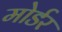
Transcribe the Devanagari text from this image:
मोर्डर